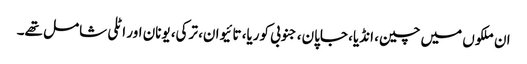
ان ملکوں میں چین، انڈیا، جاپان، جنوبی کوریا، تائیوان، ترکی، یونان اور اٹلی شامل تھے۔